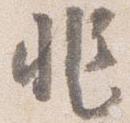
非